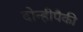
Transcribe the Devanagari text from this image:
दोन्हीपैकी